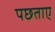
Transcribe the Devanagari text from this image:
पछताए